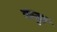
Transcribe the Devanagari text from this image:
कट्वा